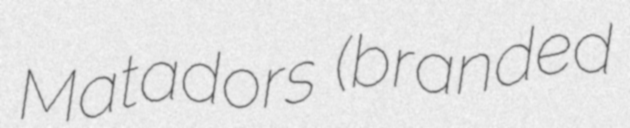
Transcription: Matadors (branded